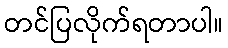
တင်ပြလိုက်ရတာပါ။